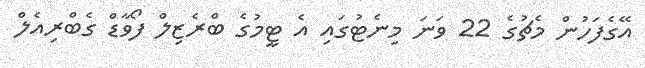
އޭގެފަހުން މެޗުގެ 22 ވަނަ މިނެޓުގައި އެ ޓީމުގެ ބްރެޒިލް ފޯވާޑް ގެބްރިއެލް